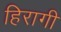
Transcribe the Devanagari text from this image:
हिरागी